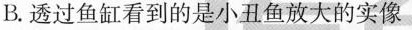
B.透过鱼缸看到的是小丑鱼放大的实像